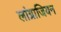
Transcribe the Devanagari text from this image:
लांग्राजियन